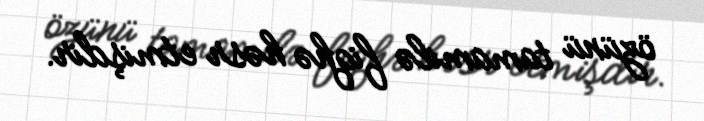
özünü tamamilə fiqhə həsr etmişdir.